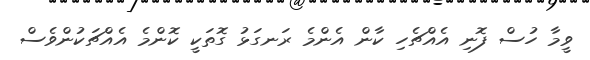
ވީމާ ހުސް ފޮނި އެއްޗެހި ކާން އެންމެ ރަނގަޅު ގޮތަކީ ކޮންމެ އެއްޗަކުންވެސް